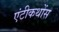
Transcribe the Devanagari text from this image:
एंटीकथोंस